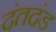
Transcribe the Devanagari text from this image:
दंतदंड